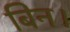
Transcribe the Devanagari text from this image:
बिन।